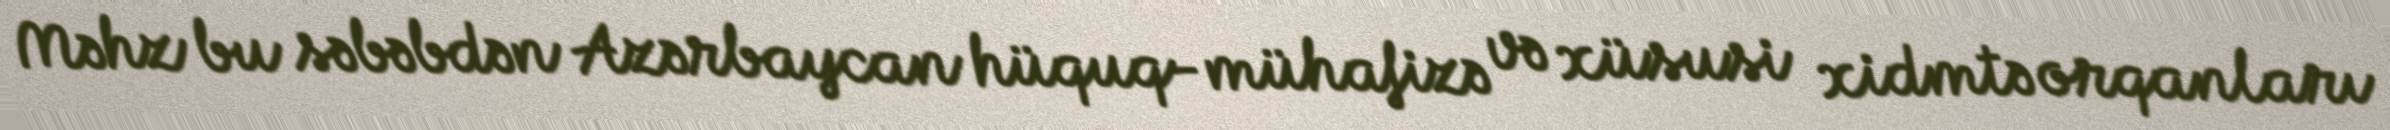
Məhz bu səbəbdən Azərbaycan hüquq-mühafizə və xüsusi xidmtə orqanları